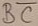
Text: BC